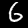
Label: 6